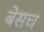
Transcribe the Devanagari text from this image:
बेसच